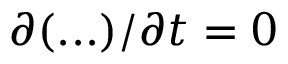
\partial ( . . . ) / \partial t = 0